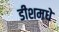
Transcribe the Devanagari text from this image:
डीशमधे